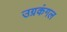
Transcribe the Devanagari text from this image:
उग्रकंगल